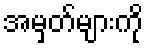
အမှတ်များကို